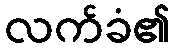
လက်ခံ၏